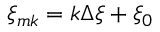
\xi _ { m k } = k \Delta \xi + \xi _ { 0 }